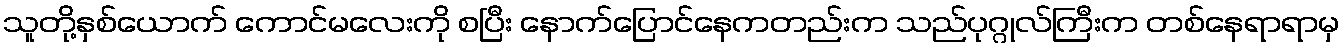
သူတို့နှစ်ယောက် ကောင်မလေးကို စပြီး နောက်ပြောင်နေကတည်းက သည်ပုဂ္ဂုလ်ကြီးက တစ်နေရာရာမှ